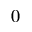
0